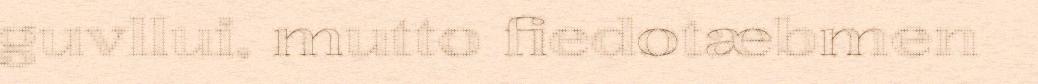
guvllui, mutto fiedotæbmen